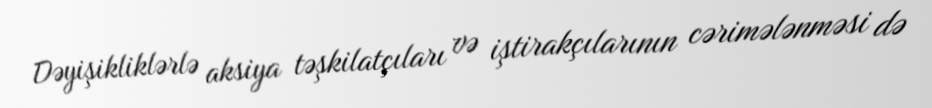
Dəyişikliklərlə aksiya təşkilatçıları və iştirakçılarının cərimələnməsi də